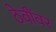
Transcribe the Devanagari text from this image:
ठेवींवर